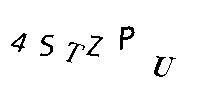
4STZPU